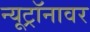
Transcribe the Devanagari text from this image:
न्यूट्रॉनावर